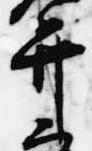
弁